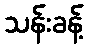
သန်းခန့်